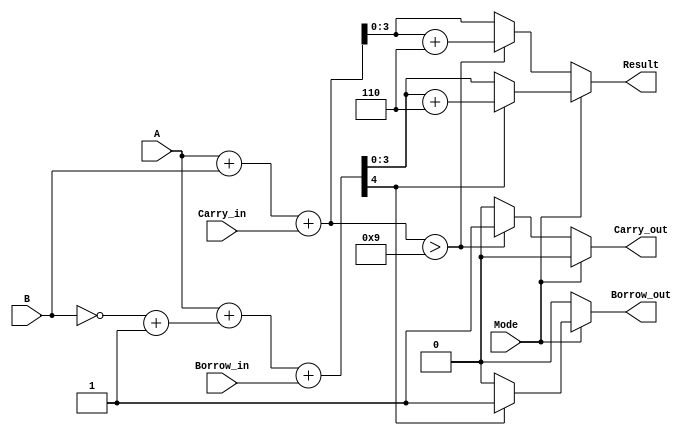
module BCD_Add_Subtracter (
    input [3:0] A,          // First BCD digit
    input [3:0] B,          // Second BCD digit
    input Mode,             // Mode: 0 for addition, 1 for subtraction
    input Carry_in,         // Carry input for addition
    input Borrow_in,        // Borrow input for subtraction
    output reg [3:0] Result, // Result BCD digit
    output reg Carry_out,    // Carry output for addition
    output reg Borrow_out     // Borrow output for subtraction
);

    wire [4:0] Sum;         // 5-bit sum to accommodate carry
    wire [4:0] Sub;         // 5-bit result for subtraction
    wire [3:0] B_twos_comp; // Two's complement of B for subtraction

    // Two's complement of B for subtraction
    assign B_twos_comp = ~B + 4'b0001;

    // Perform addition
    assign Sum = A + B + Carry_in;

    // Perform subtraction (A + two's complement of B)
    assign Sub = A + B_twos_comp + Borrow_in;

    always @(*) begin
        // Addition operation
        if (Mode == 1'b0) begin
            Result = Sum[3:0]; // Take lower 4 bits of sum
            Carry_out = Sum[4]; // Carry out is the 5th bit
            // BCD correction for addition
            if (Sum > 4'b1001) begin
                Result = Result + 4'b0110; // Add 6 for BCD correction
                Carry_out = 1'b1; // Set carry out
            end else begin
                Carry_out = 1'b0; // No carry out
            end
            Borrow_out = 1'b0; // No borrow in addition
        end 
        // Subtraction operation
        else begin
            Result = Sub[3:0]; // Take lower 4 bits of subtraction result
            Borrow_out = Sub[4]; // Borrow out is the 5th bit
            // BCD correction for subtraction
            if (Sub[4] == 1'b1) begin // If the result is negative
                Result = Result + 4'b0110; // Add 6 for BCD correction
                Borrow_out = 1'b1; // Set borrow out
            end else begin
                Borrow_out = 1'b0; // No borrow out
            end
            Carry_out = 1'b0; // No carry in subtraction
        end
    end
endmodule